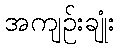
အကျဉ်းချုံး